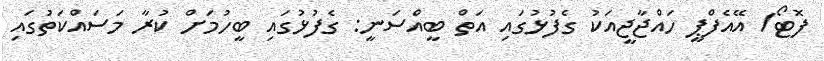
ފޮޓޯ/ އޭއެފްޕީ ހައްޖާޖީއަކު ގެފުޅުގައި އަތް ބީއްސަނީ: ގެފުޅުގައި ބީހުމަށް ކުރާ މަސައްކަތުގައި